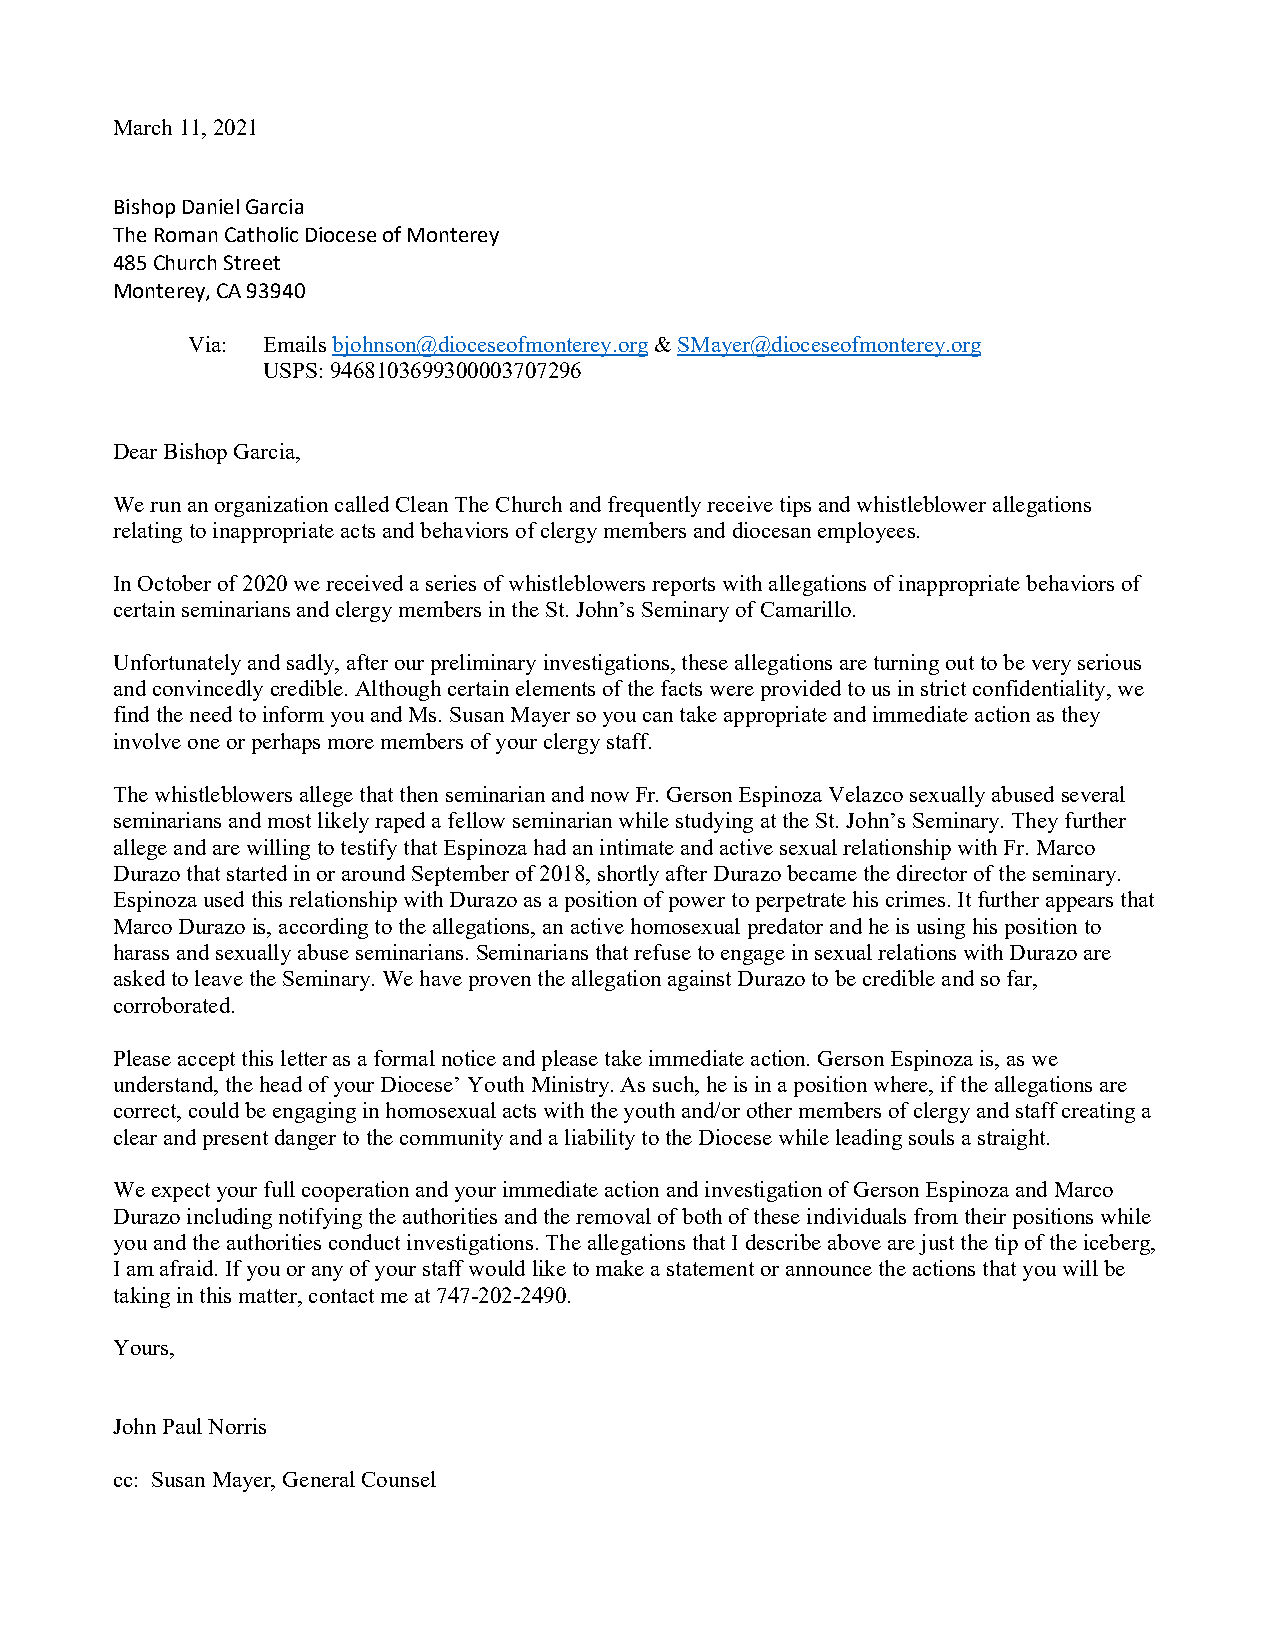
March 11, 2021
 Bishop Daniel Garcia
 The Roman Catholic Diocese of Monterey
 485 Church Street
 Monterey, CA 93940
 Via: Emails bjohnson@dioceseofmonterey.org & SMayer@dioceseofmonterey.org
 USPS: 9468103699300003707296
 Dear Bishop Garcia,
 We run an organization called Clean The Church and frequently receive tips and whistleblower allegations
 relating to inappropriate acts and behaviors of clergy members and diocesan employees.
 In October of 2020 we received a series of whistleblowers reports with allegations of inappropriate behaviors of
 certain seminarians and clergy members in the St. John’s Seminary of Camarillo.
 Unfortunately and sadly, after our preliminary investigations, these allegations are turning out to be very serious
 and convincedly credible. Although certain elements of the facts were provided to us in strict confidentiality, we
 find the need to inform you and Ms. Susan Mayer so you can take appropriate and immediate action as they
 involve one or perhaps more members of your clergy staff.
 The whistleblowers allege that then seminarian and now Fr. Gerson Espinoza Velazco sexually abused several
 seminarians and most likely raped a fellow seminarian while studying at the St. John’s Seminary. They further
 allege and are willing to testify that Espinoza had an intimate and active sexual relationship with Fr. Marco
 Durazo that started in or around September of 2018, shortly after Durazo became the director of the seminary.
 Espinoza used this relationship with Durazo as a position of power to perpetrate his crimes. It further appears that
 Marco Durazo is, according to the allegations, an active homosexual predator and he is using his position to
 harass and sexually abuse seminarians. Seminarians that refuse to engage in sexual relations with Durazo are
 asked to leave the Seminary. We have proven the allegation against Durazo to be credible and so far,
 corroborated.
 Please accept this letter as a formal notice and please take immediate action. Gerson Espinoza is, as we
 understand, the head of your Diocese’ Youth Ministry. As such, he is in a position where, if the allegations are
 correct, could be engaging in homosexual acts with the youth and/or other members of clergy and staff creating a
 clear and present danger to the community and a liability to the Diocese while leading souls a straight.
 We expect your full cooperation and your immediate action and investigation of Gerson Espinoza and Marco
 Durazo including notifying the authorities and the removal of both of these individuals from their positions while
 you and the authorities conduct investigations. The allegations that I describe above are just the tip of the iceberg,
 I am afraid. If you or any of your staff would like to make a statement or announce the actions that you will be
 taking in this matter, contact me at 747-202-2490.
 Yours,
 John Paul Norris
 cc: Susan Mayer, General Counsel